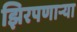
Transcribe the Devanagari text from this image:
झिरपणाऱ्या